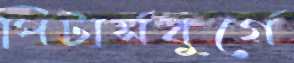
পিটার্সবুর্গে